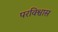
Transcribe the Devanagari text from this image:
परविश्वास